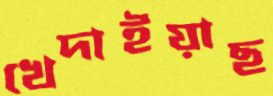
খেদাইয়াছ